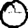
Digit: 0